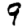
Digit: 9